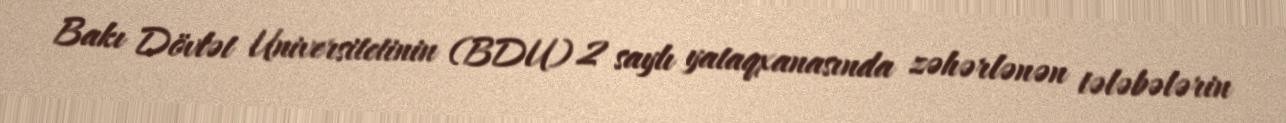
Bakı Dövlət Universitetinin (BDU) 2 saylı yataqxanasında zəhərlənən tələbələrin